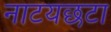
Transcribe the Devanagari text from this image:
नाटयछटा